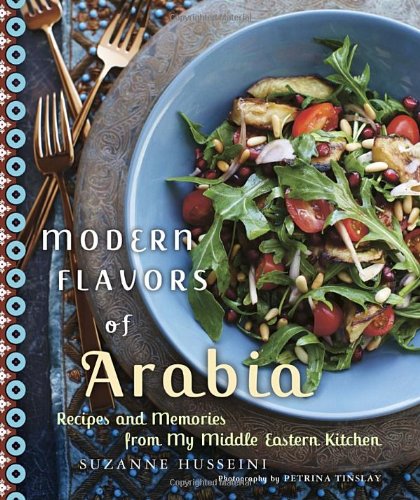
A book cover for Modern Flavors of Arabia: Recipes and Memories from My Middle Eastern Kitchen; Suzanne Husseini; Cookbooks, Food & Wine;